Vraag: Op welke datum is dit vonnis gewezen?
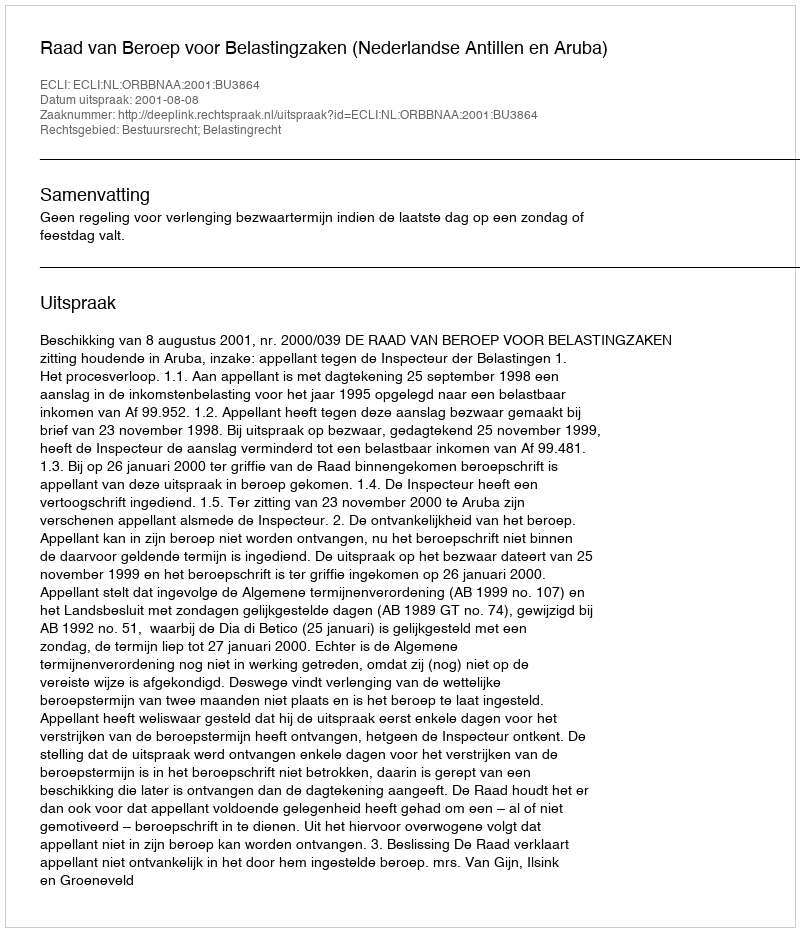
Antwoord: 2001-08-08